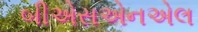
બીએસએનએલ